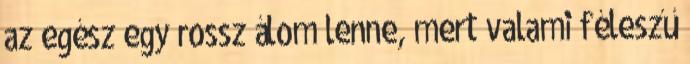
az egész egy rossz álom lenne, mert valami féleszű